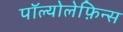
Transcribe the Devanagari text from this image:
पॉल्योलेफ़िन्स